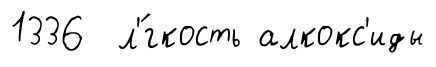
1336 л'́гкость алкокс'иды